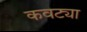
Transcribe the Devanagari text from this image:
कवट्या